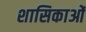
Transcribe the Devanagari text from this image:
शासिकाओं